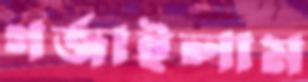
গর্জাইলাম